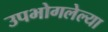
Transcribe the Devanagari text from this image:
उपभोगलेल्या